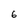
Character: 6